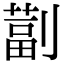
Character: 𫦚